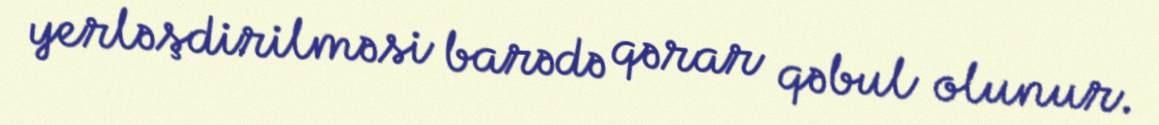
yerləşdirilməsi barədə qərar qəbul olunur.